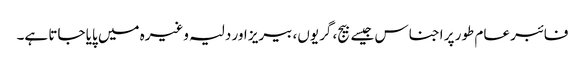
فائبر عام طور پر اجناس جیسے بیج، گریوں، بیریز اور دلیہ وغیرہ میں پایا جاتا ہے۔